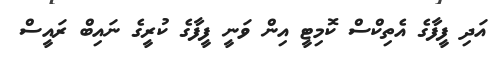
އަދި ފީފާގެ އެތިކްސް ކޮމިޓީ އިން ވަނީ ފީފާގެ ކުރީގެ ނައިބް ރައީސް